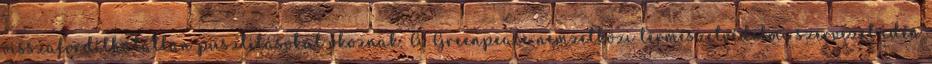
visszafordíthatatlan pusztításokat okoznak. A Greenpeace nemzetközi természetvédelmi szervezet idén